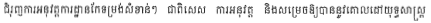
ជំរុញការអនុវត្តការដ្ឋានកែទម្រង់សំខាន់ៗ ជាពិសេស ការអនុវត្ត និងសម្រេចឱ្យបាននូវគោលដៅយុទ្ធសាស្រ្ត